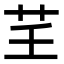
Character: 𦬰